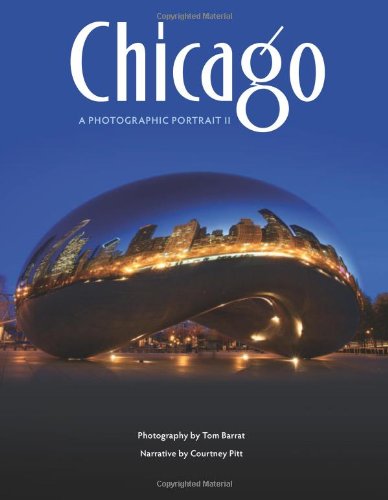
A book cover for Chicago: A Photographic Portrait II; Tom Barrat; Travel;